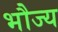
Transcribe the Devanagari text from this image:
भौज्य